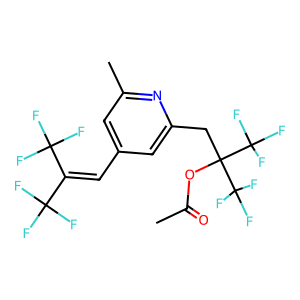
SMILES: CC(=O)OC(Cc1cc(C=C(C(F)(F)F)C(F)(F)F)cc(C)n1)(C(F)(F)F)C(F)(F)F
Inhibits HIV replication: No